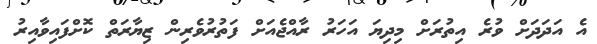
އެ އަދަދަށް ވުރެ އިތުރަށް މިދިޔަ އަހަރު ރާއްޖެއަށް ފަތުރުވެރިން ޒިޔާރަތް ކޮށްފައިވާއިރު